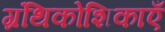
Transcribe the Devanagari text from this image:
ग्रंथिकोशिकाएँ